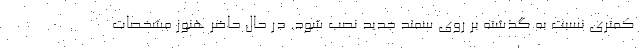
کمتری نسبت به گذشته بر روی سمند جدید نصب شود. در حال حاضر هنوز مشخصات